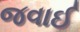
જવાઈ